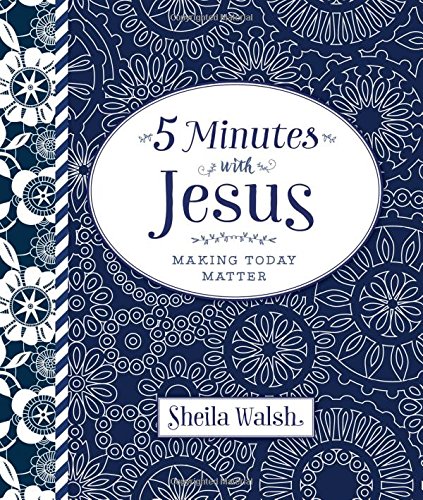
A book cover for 5 Minutes with Jesus; Sheila Walsh; Christian Books & Bibles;